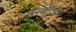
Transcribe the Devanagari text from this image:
संस्कृतत्व